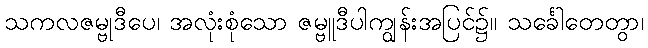
သကလဇမ္ဗုဒီပေ၊ အလုံးစုံသော ဇမ္ဗူဒီပါကျွန်းအပြင်၌။ သင်္ခေါတေတွာ၊